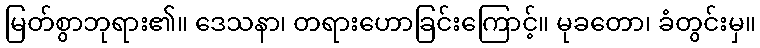
မြတ်စွာဘုရား၏။ ဒေသနာ၊ တရားဟောခြင်းကြောင့်။ မုခတော၊ ခံတွင်းမှ။